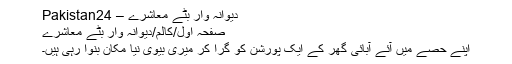
دیوانہ وار بٹے معاشرے – Pakistan24
صفحہ اول/کالم/دیوانہ وار بٹے معاشرے
اپنے حصے میں آئے آبائی گھر کے ایک پورشن کو گرا کر میری بیوی نیا مکان بنوا رہی ہیں۔